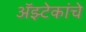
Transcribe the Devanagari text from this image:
अॅझ्टेकांचे